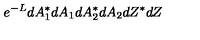
e ^ { - L } d A _ { 1 } ^ { * } d A _ { 1 } d A _ { 2 } ^ { * } d A _ { 2 } d Z ^ { * } d Z